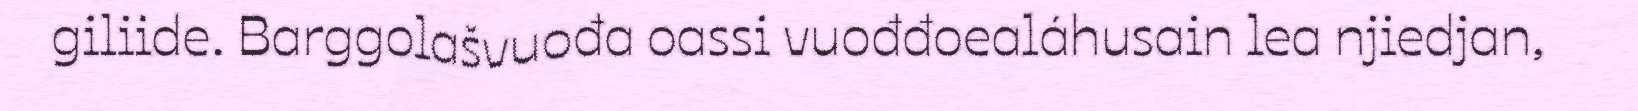
giliide. Barggolašvuođa oassi vuođđoealáhusain lea njiedjan,